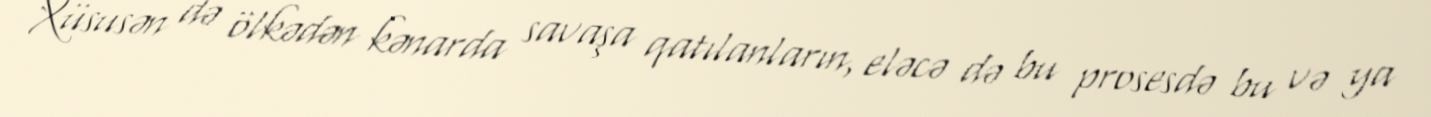
Xüsusən də ölkədən kənarda savaşa qatılanların, eləcə də bu prosesdə bu və ya